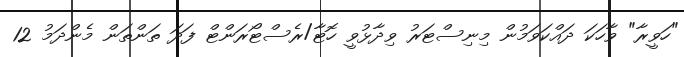
"ހަވީރާ" ވާހަކަ ދައްކަވަމުން މިނިސްޓަރު ވިދާޅުވީ ހޮޓާ/ރެސްޓޯރަންޓް ފަދަ ތަންތަން މެންދަމު 12